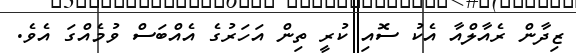
ޒިދާން ރެއާލްއާ އެކު ސޮއި ކުރީ ތިން އަހަރުގެ އެއްބަސް ވުމެއްގަ އެވެ.